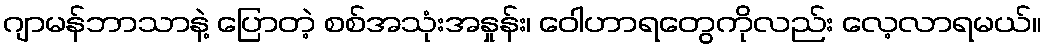
ဂျာမန်ဘာသာနဲ့ ပြောတဲ့ စစ်အသုံးအနှုန်း၊ ဝေါဟာရတွေကိုလည်း လေ့လာရမယ်။